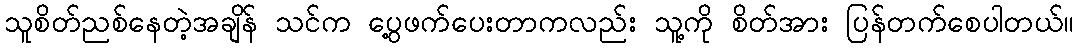
သူစိတ်ညစ်နေတဲ့အချိန် သင်က ပွေ့ဖက်ပေးတာကလည်း သူ့ကို စိတ်အား ပြန်တက်စေပါတယ်။